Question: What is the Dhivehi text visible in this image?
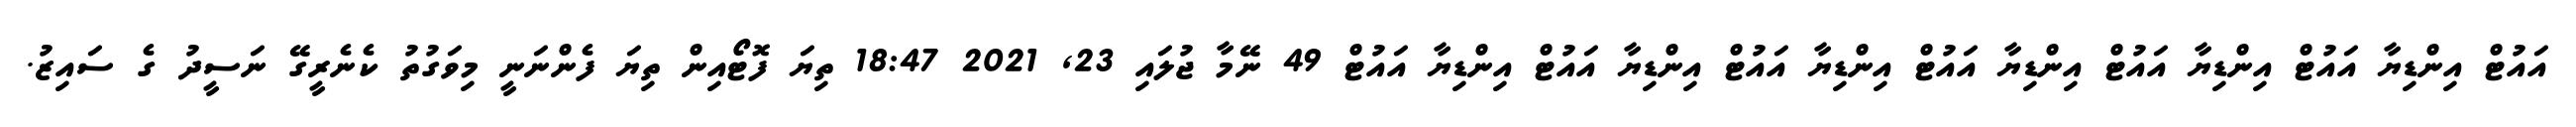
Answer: އައުޓް އިންޑިޔާ އައުޓް އިންޑިޔާ އައުޓް އިންޑިޔާ އައުޓް އިންޑިޔާ އައުޓް އިންޑިޔާ އައުޓް އިންޑިޔާ އައުޓް 49 ނޭމާ ޖުލައި 23, 2021 18:47 ތިޔަ ފޮޓޯއިން ތިޔަ ފެންނަނީ މިވަގުތު ކެނެރީގޭ ނަސީދު ގެ ސައިޒު.